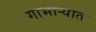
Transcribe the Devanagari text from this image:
गाभार्‍यात